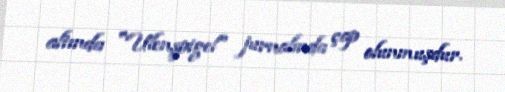
altında "Ulenşpigel" jurnalında çap olunmuşdur.